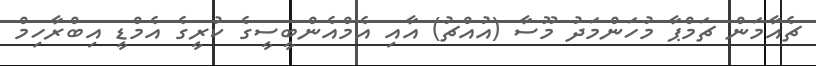
ޗެއާމަން ޗަމްޕާ މުހަންމަދު މޫސާ (އުއްޗު) އާއި އެމްއެންބީސީގެ ކުރީގެ އެމްޑީ އިބްރާހިމް